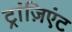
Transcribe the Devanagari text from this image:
ट्रांज़िएंट